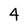
Character: 4